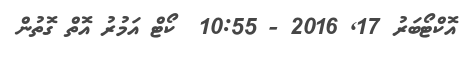
އޮކްޓޯބަރު 17